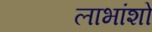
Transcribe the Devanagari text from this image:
लाभांशो